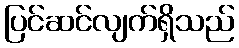
ပြင်ဆင်လျက်ရှိသည်